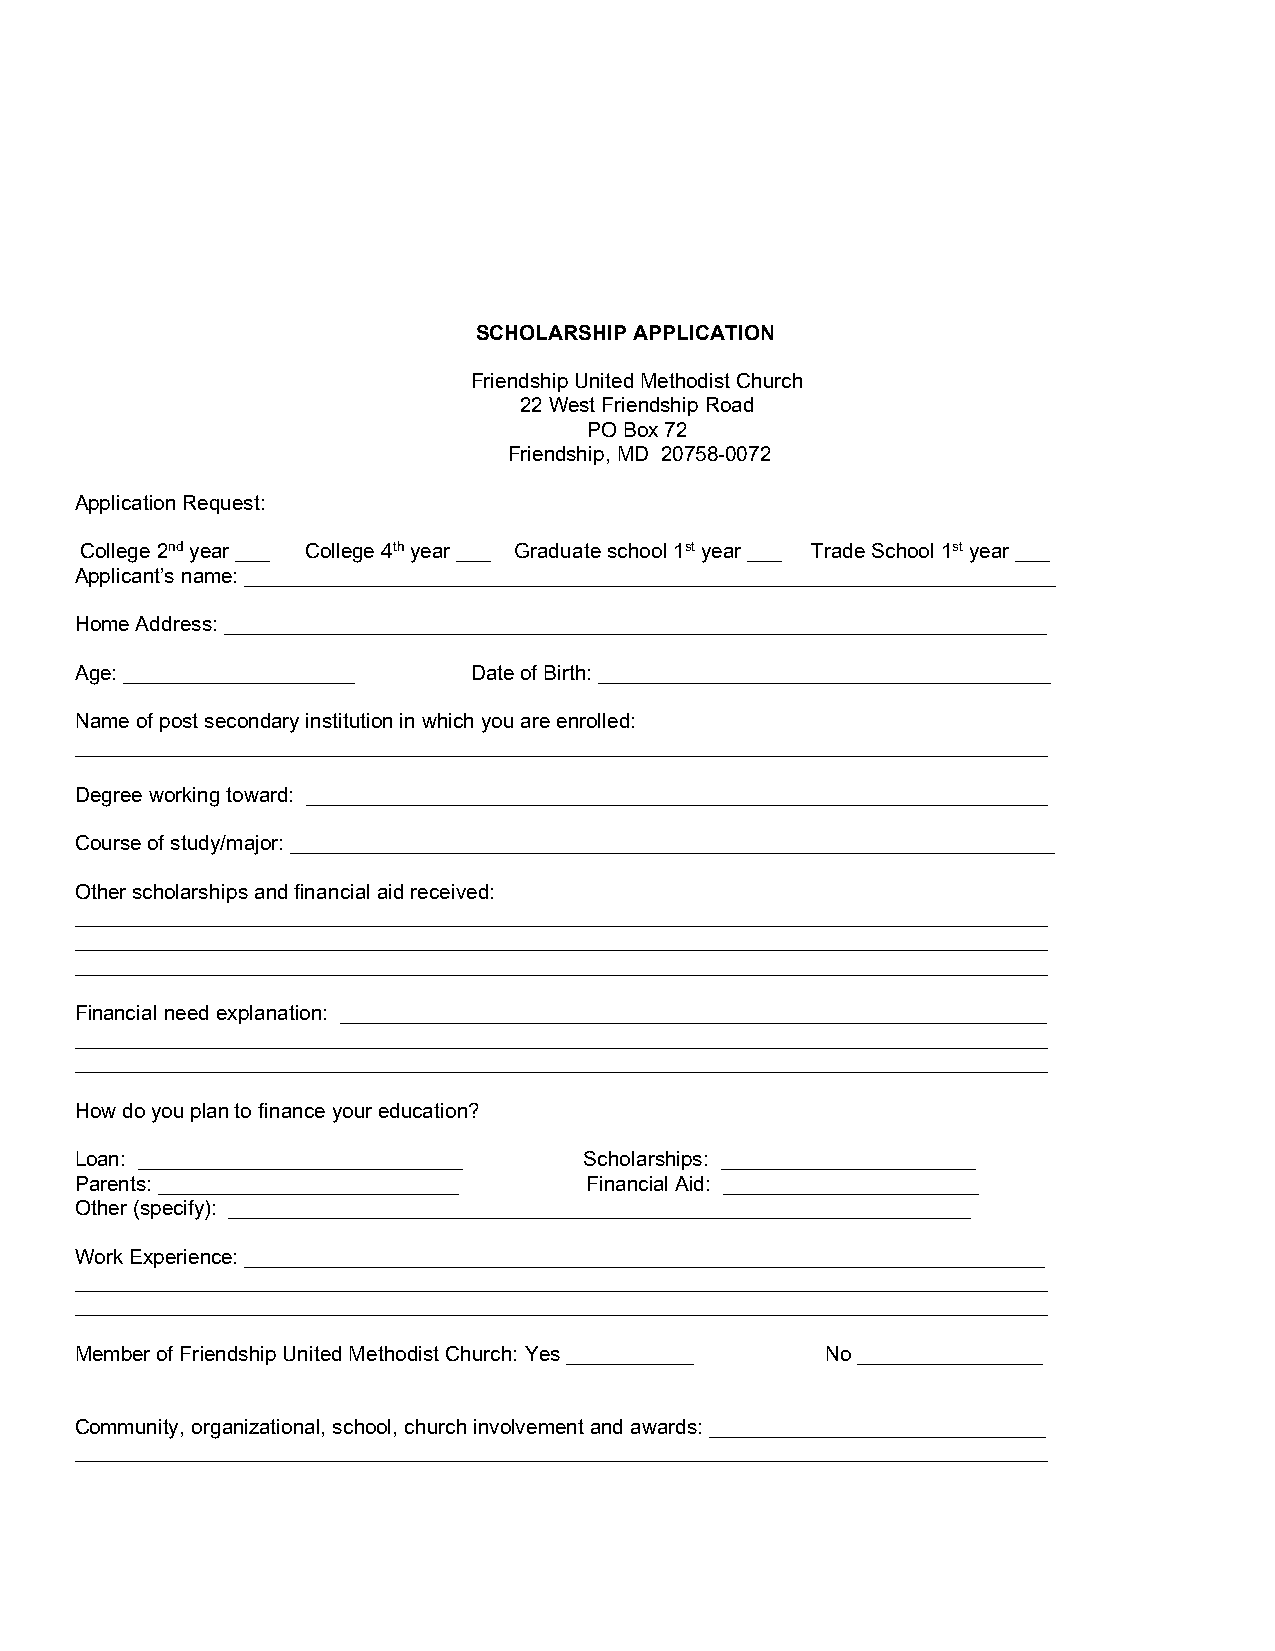
SCHOLARSHIP APPLICATION
 Friendship United Methodist Church
 22 West Friendship Road
 PO Box 72
 Friendship, MD 20758-0072
 Application Request:
 College 2nd year ___ College 4th year ___ Graduate school 1st year ___ Trade School 1st year ___
 Applicant’s name: ______________________________________________________________________
 Home Address: _______________________________________________________________________
 Age: ____________________ Date of Birth: _______________________________________
 Name of post secondary institution in which you are enrolled:
 ____________________________________________________________________________________
 Degree working toward: ________________________________________________________________
 Course of study/major: __________________________________________________________________
 Other scholarships and financial aid received:
 ____________________________________________________________________________________
 ____________________________________________________________________________________
 ____________________________________________________________________________________
 Financial need explanation: _____________________________________________________________
 ____________________________________________________________________________________
 ____________________________________________________________________________________
 How do you plan to finance your education?
 Loan: ____________________________ Scholarships: ______________________
 Parents: __________________________ Financial Aid: ______________________
 Other (specify): ________________________________________________________________
 Work Experience: _____________________________________________________________________
 ____________________________________________________________________________________
 ____________________________________________________________________________________
 Member of Friendship United Methodist Church: Yes ___________ No ________________
 Community, organizational, school, church involvement and awards: _____________________________
 ____________________________________________________________________________________